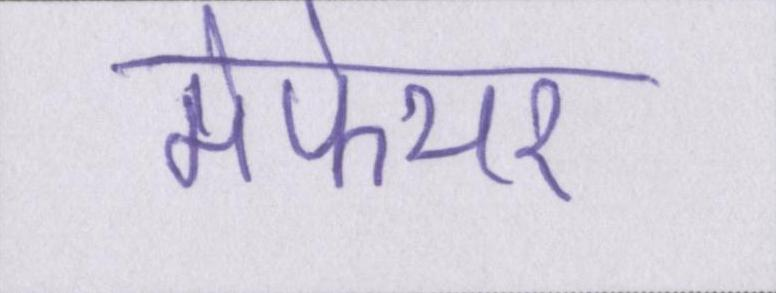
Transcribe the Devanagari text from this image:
मेफेयर